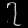
Digit: ၇